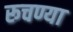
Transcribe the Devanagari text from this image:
रूचण्या